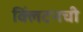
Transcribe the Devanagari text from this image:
क्लिंटनची